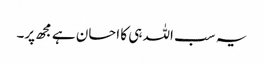
یہ سب اللہ ہی کا احسان ہے مجھ پر۔